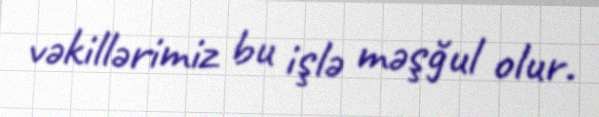
vəkillərimiz bu işlə məşğul olur.